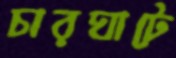
চারঘাটে